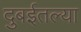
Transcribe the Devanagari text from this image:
दुबईतल्या